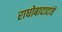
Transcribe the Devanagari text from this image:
राघोबादादांचे